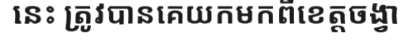
នេះ ត្រូវបានគេយកមកពីខេត្តចង្វា